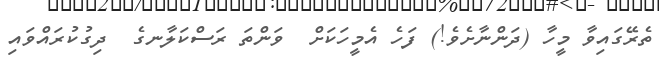
ތެރޭގައިވާ މީހާ (ދަންނާށެވެ!) ފަހެ އެމީހަކަށް  ވަންތަ ރަސްކަލާނގެ  ދިގުކުރައްވައި